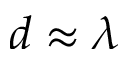
d \approx \lambda